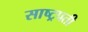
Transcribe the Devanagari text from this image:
साष्ट्रपती